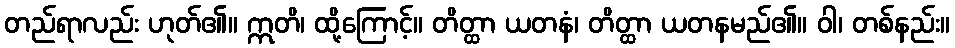
တည်ရာလည်း ဟုတ်၏။ ဣတိ၊ ထို့ကြောင့်။ တိတ္ထာ ယတနံ၊ တိတ္ထာ ယတနမည်၏။ ဝါ၊ တစ်နည်း။